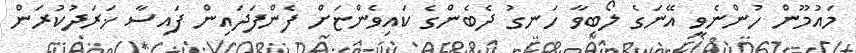
މައުމޫން ހުންނެވީ އޭނަގެ ލޯބިވާ ހަނގު ދެބެންގެ ކައިވެންޏަށް ފެންފަދައިން ފައިސާ ޚަރަދުކުރަން